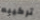
تركيبه